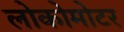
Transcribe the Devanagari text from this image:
लोकोमोटर